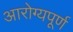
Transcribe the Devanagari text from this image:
आरोग्यपूर्ण